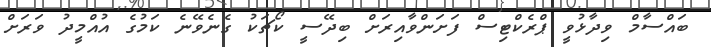
ބައްސާމް ވިދާޅުވީ ޕްރެކްޓިސް ފަށަންވާއިރަށް ބިދޭސީ ކޯޗަކު ގެނެވޭނެ ކަމުގެ އުއްމީދު ވަރަށް